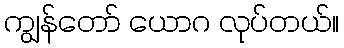
ကျွန်တော် ယောဂ လုပ်တယ်။